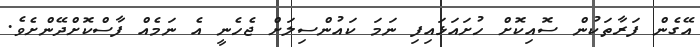
އޭގެން ފަރާތަކުން ސޮއިކޮށް ހުށައަޅައިފި ނަމަ ކައުންސިލަށް ޖެހެނީ އެ ނަމެއް ފާސްކޮށްދޭންށެވެ.